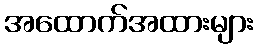
အထောက်အထားများ